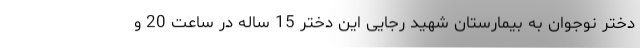
دختر نوجوان به بیمارستان شهید رجایی این دختر 15 ساله در ساعت 20 و